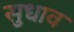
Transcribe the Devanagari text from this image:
सुधाव